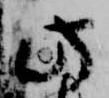
此